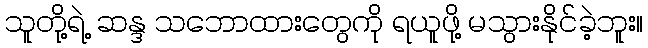
သူတို့ရဲ့ ဆန္ဒ သဘောထားတွေကို ရယူဖို့ မသွားနိုင်ခဲ့ဘူး။